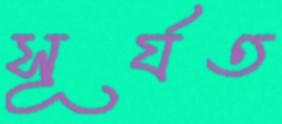
সূর্যত